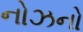
નોઝનો